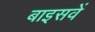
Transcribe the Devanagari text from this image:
बाइसवें